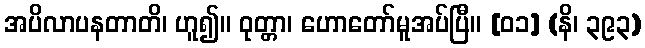
အပိလာပနတာတိ၊ ဟူ၍။ ဝုတ္တာ၊ ဟောတော်မူအပ်ပြီ။ [၀၁] (နိ၊ ၃၉၃)